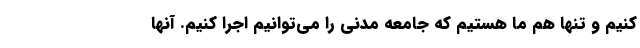
کنیم و تنها هم ما هستیم که جامعه مدنی را می‌توانیم اجرا کنیم. آنها